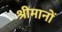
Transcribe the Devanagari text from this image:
श्रीमानों